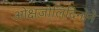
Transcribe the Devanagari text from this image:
ओक्षज़ोलिदिनोने